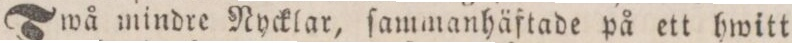
Twå mindre Nycklar, ſammanhäftade på ett hwitt